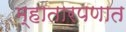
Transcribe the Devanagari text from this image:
म्हातारपणात